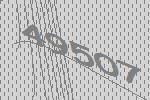
49507